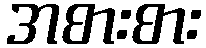
အစားစား